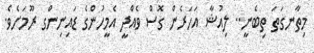
މިތާނގަތަ ތިބެނީ.. ލިއުޝާ އަހަރެން ގޮސް ވެއްދީ އެމީހުންގެ ޑައިނިންގ ރޫމަށެވެ.